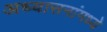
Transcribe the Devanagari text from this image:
अध्यासनांमध्ये